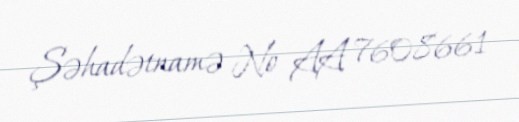
Şəhadətnamə № AA 7608661